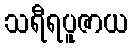
သရီရပူဇာယ